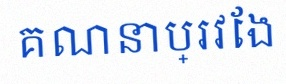
គណនាប្រវែង